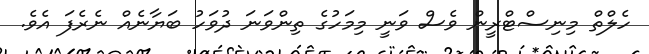
ހެލްތް މިނިސްޓްރީން ވެސް ވަނީ މިމަހުގެ ތިންވަނަ ދުވަހު ބަޔާނެއް ނެރެފަ އެވެ.